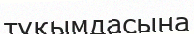
тұқымдасына